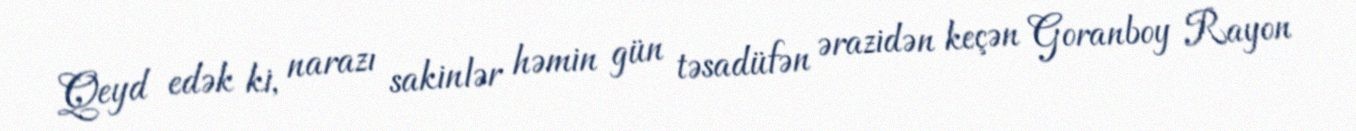
Qeyd edək ki, narazı sakinlər həmin gün təsadüfən ərazidən keçən Goranboy Rayon